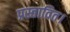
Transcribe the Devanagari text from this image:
प्रस्तावित।